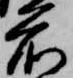
前